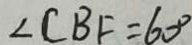
\angle C B F = 6 0 ^ { \circ }